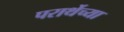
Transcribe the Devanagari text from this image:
परार्थेच्या